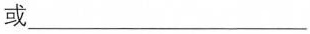
或___